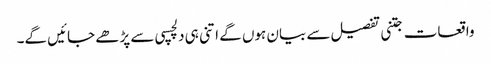
واقعات جتنی تفصیل سے بیان ہوں گے اتنی ہی دلچسپی سے پڑھے جائیں گے۔